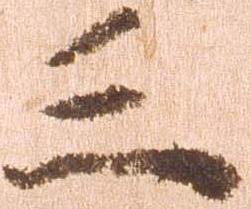
三